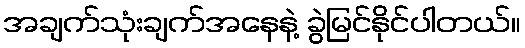
အချက်သုံးချက်အနေနဲ့ ခွဲမြင်နိုင်ပါတယ်။